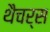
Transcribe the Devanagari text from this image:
थैचर्स